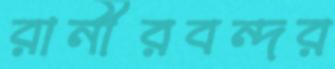
রানীরবন্দর